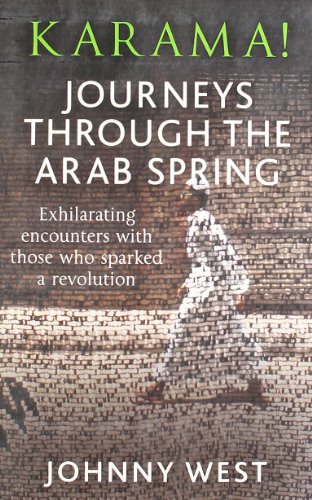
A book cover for Karama!: Journeys Through the Arab Spring; Johnny West; Travel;